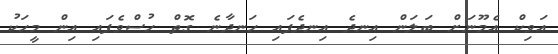
އަވިކް އެމޫނަށް ބަލަން އިނދެ އިނދެފައި ހަނދާނެ ގޮތް ހުސްވެފައި އިން މީހަކު